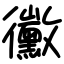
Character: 黴